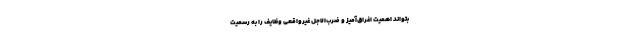
بتواند اهمیتِ اغراق‌آمیز و ضرب‌الاجلِ غیرواقعیِ وظایف را به رسمیت